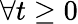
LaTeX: \forall t\geq 0